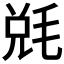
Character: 𣮆